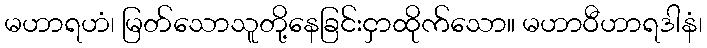
မဟာရဟံ၊ မြတ်သောသူတို့နေခြင်းငှာထိုက်သော။ မဟာဝီဟာရဒါနံ၊